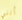
أنني